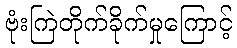
ဗုံးကြဲတိုက်ခိုက်မှုကြောင့်